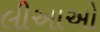
લીઆઓ